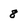
Character: 8